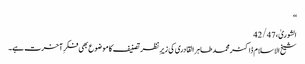
‘‘
الشوریٰ، 42/47
شیخ الاسلام ڈاکٹر محمد طاہر القادری کی زیرِ نظر تصنیف کا موضوع بھی فکرِ آخرت ہے۔